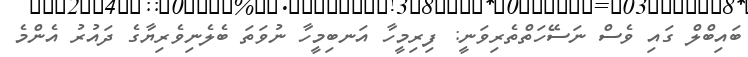
ބައިބްލް ގައި ވެސް ނަސޭހަތްތެރިވަނީ: ފިރިމީހާ އަނބިމީހާ ނުވަތަ ބެލެނިވެރިޔާގެ ދައުރު އެންމެ